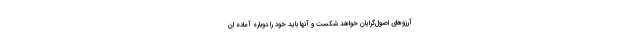
آرزوهای اصول‌گرایان خواهد شکست و آنها باید خود را دوباره آماده ان